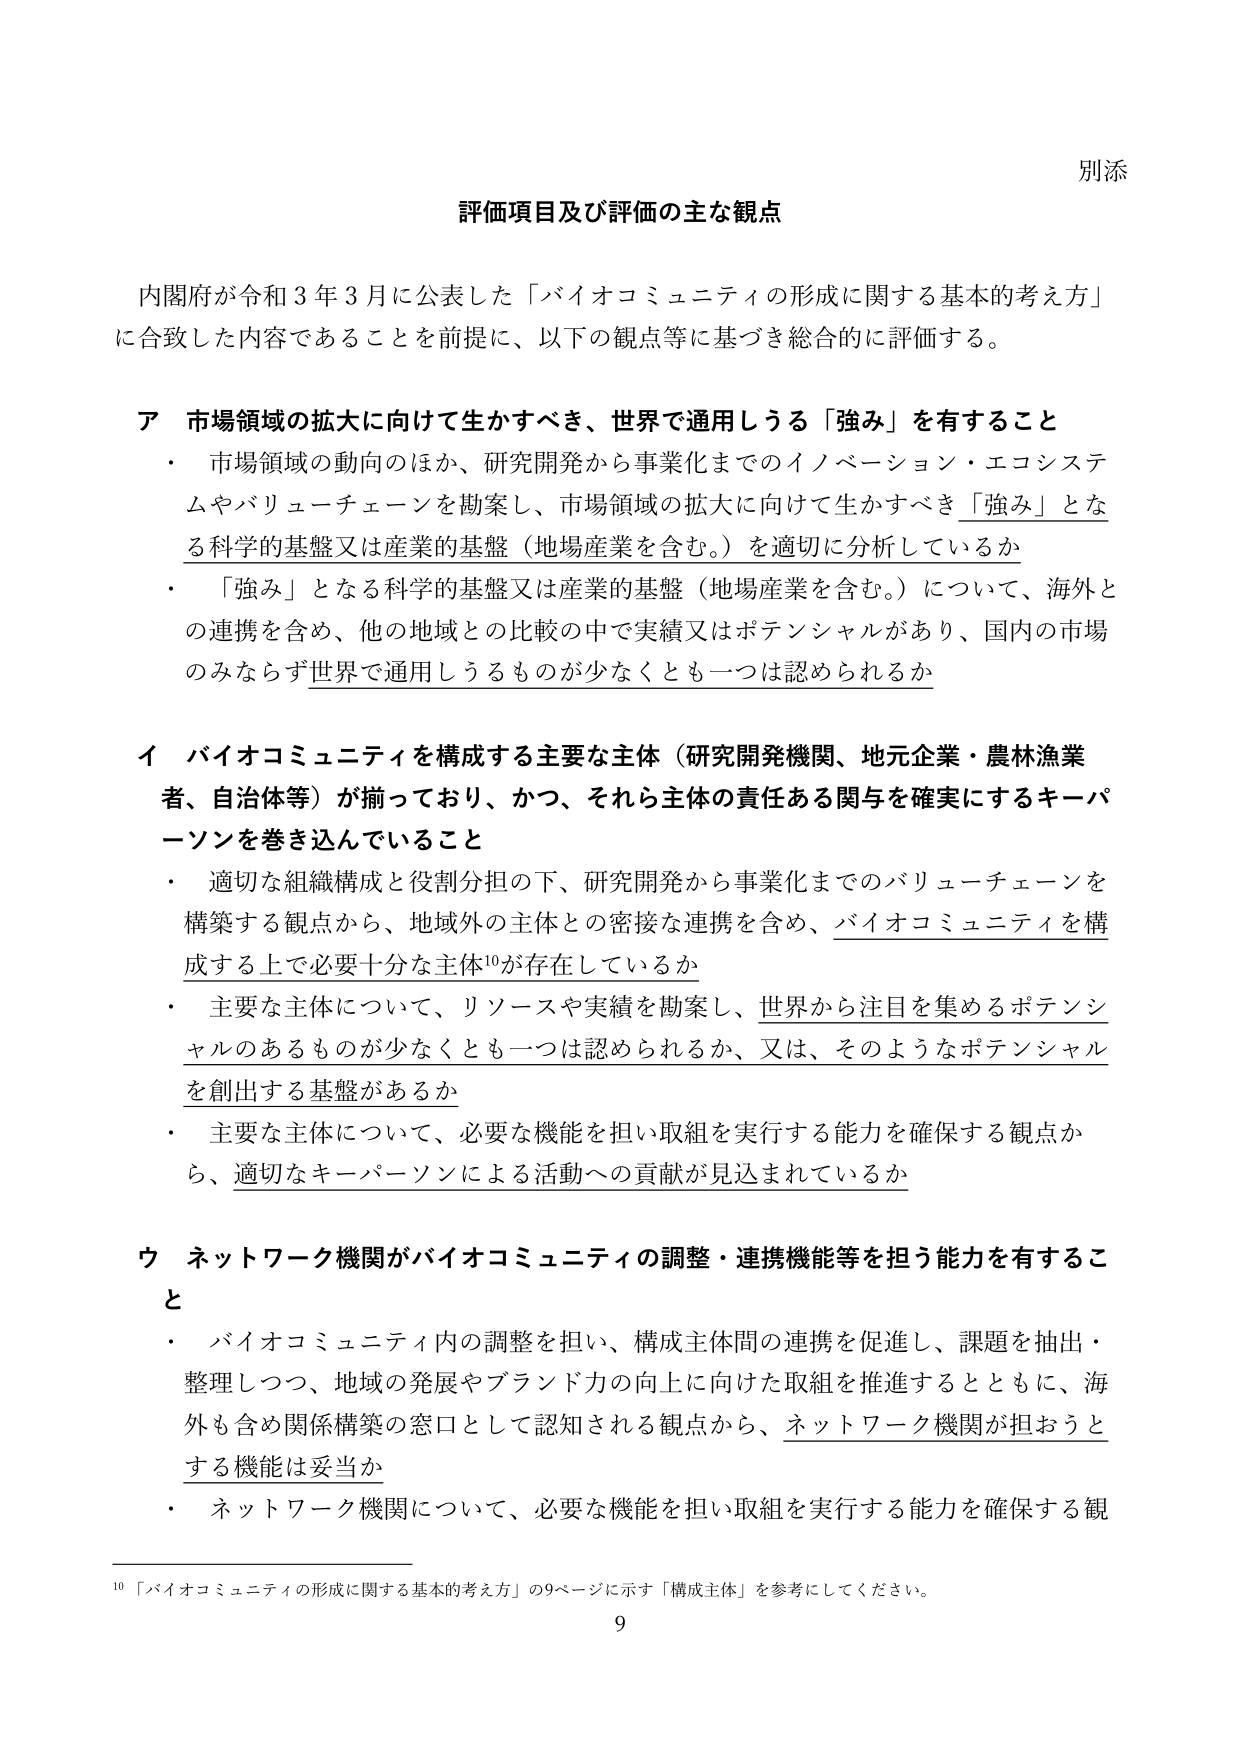
別添

評価項目及び評価の主な観点

内閣府が令和３年３月に公表した「バイオコミュニティの形成に関する基本的考え方」
に合致した内容であることを前提に、以下の観点等に基づき総合的に評価する。

ア 市場領域の拡大に向けて生かすべき、世界で通用しうる「強み」を有すること
・ 市場領域の動向のほか、研究開発から事業化までのイノベーション・エコシステムやバリューチェーンを勘案し、市場領域の拡大に向けて生かすべき「強み」となる科学的基盤又は産業的基盤（地場産業を含む。）を適切に分析しているか
・ 「強み」となる科学的基盤又は産業的基盤（地場産業を含む。）について、海外との連携を含め、他の地域との比較の中で実績又はポテンシャルがあり、国内の市場のみならず世界で通用しうるものが少なくとも一つは認められるか

イ バイオコミュニティを構成する主要な主体（研究開発機関、地元企業・農林漁業者、自治体等）が揃っており、かつ、それら主体の責任ある関与を確実にするキーパーソンを巻き込んでいること
・ 適切な組織構成と役割分担の下、研究開発から事業化までのバリューチェーンを構築する観点から、地域外の主体との密接な連携を含め、バイオコミュニティを構成する上で必要十分な主体¹⁰が存在しているか
・ 主要な主体について、リソースや実績を勘案し、世界から注目を集めるポテンシャルのあるものが少なくとも一つは認められるか、又は、そのようなポテンシャルを創出する基盤があるか
・ 主要な主体について、必要な機能を担い取組を実行する能力を確保する観点から、適切なキーパーソンによる活動への貢献が見込まれているか

ウ ネットワーク機関がバイオコミュニティの調整・連携機能等を担う能力を有すること
・ バイオコミュニティ内の調整を担い、構成主体間の連携を促進し、課題を抽出・整理しつつ、地域の発展やブランド力の向上に向けた取組を推進するとともに、海外も含め関係構築の窓口として認知される観点から、ネットワーク機関が担おうとする機能は妥当か
・ ネットワーク機関について、必要な機能を担い取組を実行する能力を確保する観

¹⁰ 「バイオコミュニティの形成に関する基本的考え方」の9ページに示す「構成主体」を参考にしてください。

9